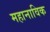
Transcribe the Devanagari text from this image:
महानाविक